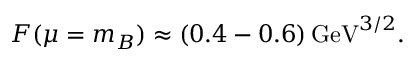
F ( \mu = m _ { B } ) \approx ( 0 . 4 - 0 . 6 ) \, \mathrm { G e V } ^ { 3 / 2 } .